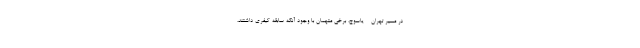
در مسیر تهران - یاسوج، برخی متهمان با وجود آنکه سابقه کیفری داشتند،